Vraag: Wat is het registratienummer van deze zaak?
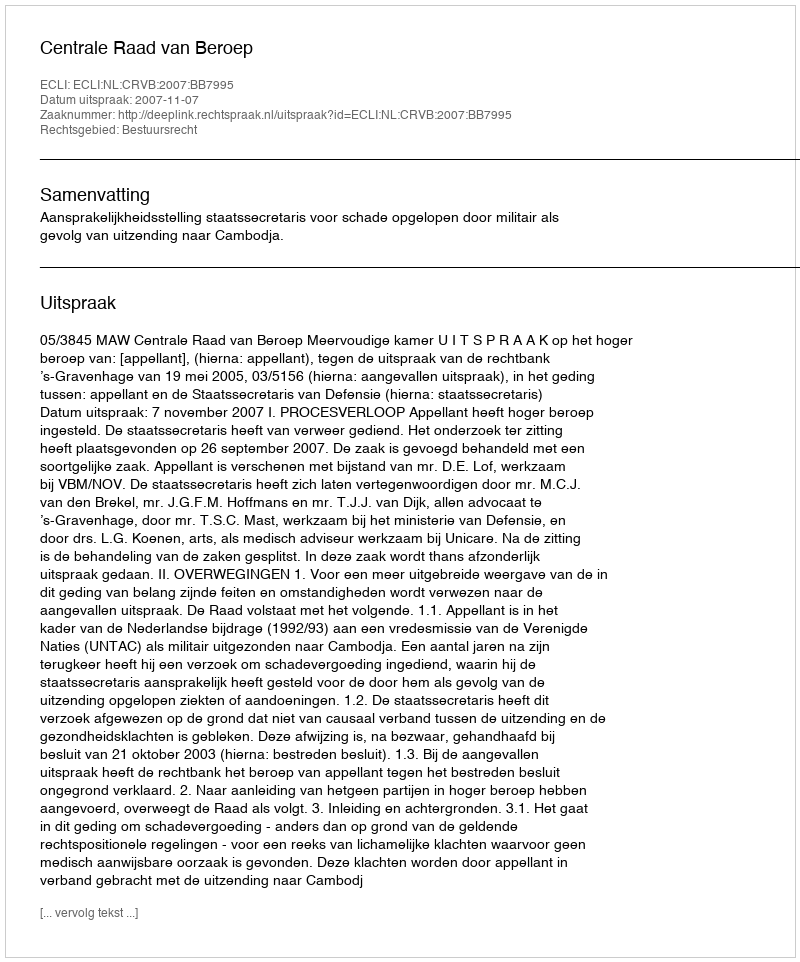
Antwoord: http://deeplink.rechtspraak.nl/uitspraak?id=ECLI:NL:CRVB:2007:BB7995